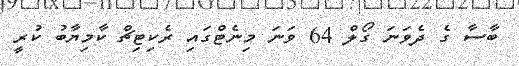
ބާސާ ގެ ދެވަނަ ގޯލް 64 ވަނަ މިނެޓްގައި ރެކިޓިޗް ކާމިޔާބު ކުރީ